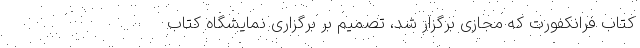
کتاب فرانکفورت که مجازی برگزار شد، تصمیم بر برگزاری نمایشگاه کتاب